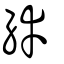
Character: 緈